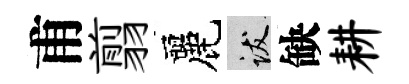
甫翦麗跋缺耕